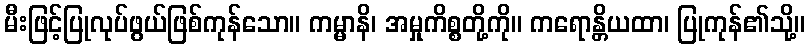
မီးဖြင့်ပြုလုပ်ဖွယ်ဖြစ်ကုန်သော။ ကမ္မာနိ၊ အမှုကိစ္စတို့ကို။ ကရောန္တိယထာ၊ ပြုကုန်၏သို့။